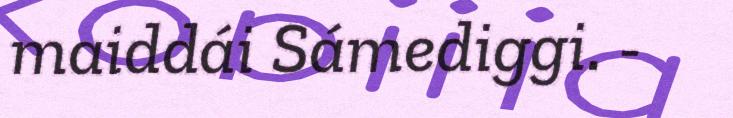
maiddái Sámediggi. -